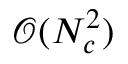
\mathcal { O } ( N _ { c } ^ { 2 } )